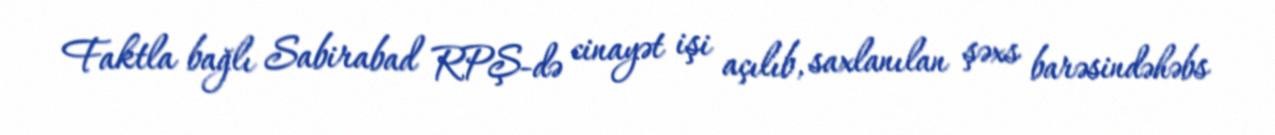
Faktla bağlı Sabirabad RPŞ-də cinayət işi açılıb, saxlanılan şəxs barəsindəhəbs